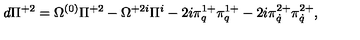
d \Pi ^ { + 2 } = \Omega ^ { ( 0 ) } \Pi ^ { + 2 } - \Omega ^ { + 2 i } \Pi ^ { i } - 2 i \pi _ { q } ^ { 1 + } \pi _ { q } ^ { 1 + } - 2 i \pi _ { \dot { q } } ^ { 2 + } \pi _ { \dot { q } } ^ { 2 + } ,